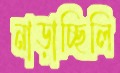
নাড়াচ্ছিলি